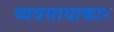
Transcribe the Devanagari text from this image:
व्यवसायाकार